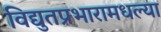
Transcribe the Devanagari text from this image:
विद्युतप्रभारामधल्या